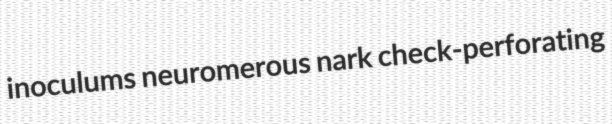
inoculums neuromerous nark check-perforating